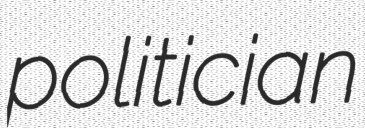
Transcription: politician